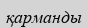
қарманды